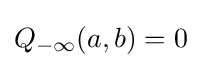
Q_{-\infty }(a,b)=0